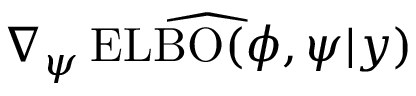
\widehat { \nabla _ { \psi } \operatorname { E L B O } ( \phi , \psi | y ) }